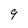
Character: g